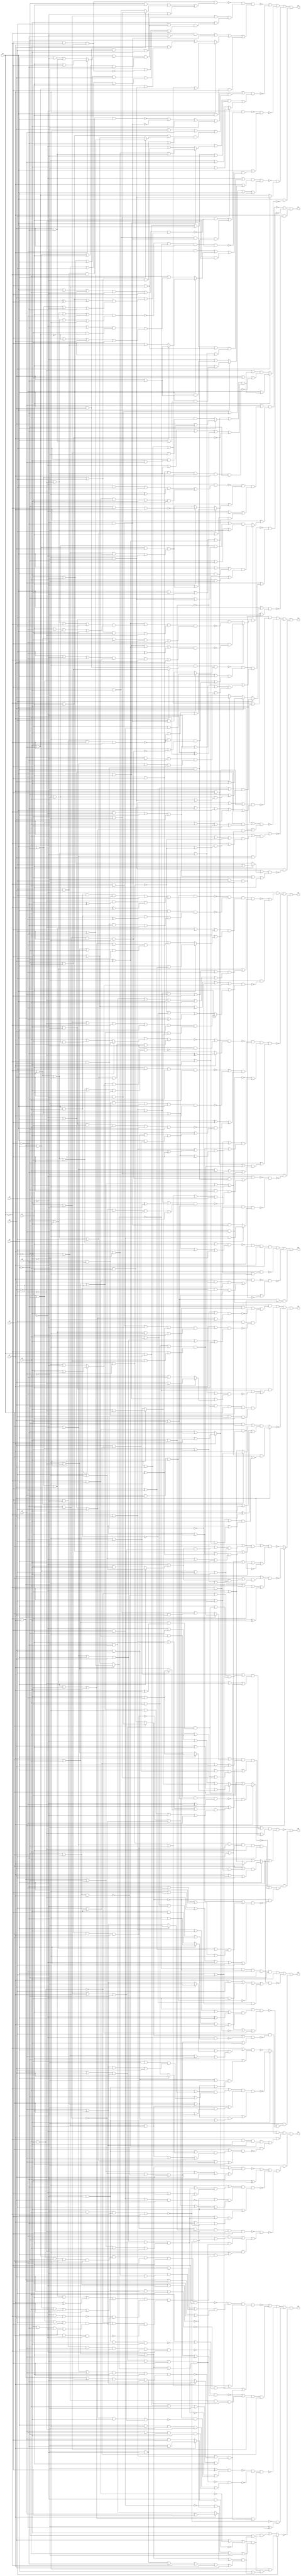
// Benchmark "quot_res" written by ABC on Mon Feb 27 04:50:47 2023

module quot_res ( 
    x0, x1, x2, x3, x4, x5, x6, x7, x8, x9,
    z0, z1, z2, z3, z4, z5, z6, z7, z8, z9  );
  input  x0, x1, x2, x3, x4, x5, x6, x7, x8, x9;
  output z0, z1, z2, z3, z4, z5, z6, z7, z8, z9;
  wire n22, n23, n24, n25, n26, n27, n28, n29, n30, n31, n32, n34, n35, n36,
    n37, n38, n39, n41, n42, n43, n44, n45, n46, n47, n48, n49, n50, n51,
    n52, n53, n54, n55, n57, n58, n59, n60, n61, n62, n63, n64, n65, n66,
    n67, n69, n70, n71, n72, n73, n74, n75, n76, n77, n78, n79, n80, n81,
    n82, n83, n84, n85, n86, n87, n88, n89, n91, n92, n93, n94, n95, n96,
    n97, n98, n99, n100, n101, n102, n103, n104, n105, n106, n107, n108,
    n109, n110, n111, n112, n113, n115, n116, n117, n118, n119, n120, n121,
    n122, n123, n124, n125, n126, n127, n128, n129, n130, n131, n132, n133,
    n134, n135, n136, n137, n139, n140, n141, n142, n143, n144, n145, n146,
    n147, n148, n149, n150, n151, n152, n153, n154, n155, n156, n157, n158,
    n159, n160, n161, n162, n163, n164, n166, n167, n168, n169, n170, n171,
    n172, n173, n174, n175, n176, n177, n178, n179, n180, n181, n182, n183,
    n184, n185, n186, n187, n188, n189, n190, n192, n193, n194, n195, n196,
    n197, n198, n199, n200, n201;
  assign z0 = n23 | ~n27 | ~n28 | (n22 & n25 & n26);
  assign n22 = x3 & ~x4;
  assign n23 = ~n24 & ~x6 & x1 & ~x5;
  assign n24 = (~x0 | x2 | x3 | ~x4 | x7) & (x0 | ~x2 | ~x3 | x4 | ~x7);
  assign n25 = x2 & ~x0 & x1;
  assign n26 = ~x5 & x6;
  assign n27 = (~x0 | x1) & (x0 | ~x1 | ~x2 | ~x3 | x4 | ~x5);
  assign n28 = ~n29 & (~n30 | ~n31 | ~n32);
  assign n29 = x1 & ((~x0 & x2 & x3 & x4) | (x0 & ~x2 & ~x3 & ~x4));
  assign n30 = ~x3 & ~x2 & x0 & x1;
  assign n31 = x7 & ~x8;
  assign n32 = ~x6 & x4 & ~x5;
  assign z1 = n34 | ~n37 | ~n38 | (~x5 & ~x6 & ~n36);
  assign n34 = n32 & ~n35;
  assign n35 = (~x0 | x3 | ~x7 | (x1 ? (x2 | x8) : (~x2 | ~x8))) & (~x3 | x7 | ~x8 | x0 | x1 | ~x2);
  assign n36 = (x0 | ~x2 | ~x3 | (x1 ? (x4 | x7) : (~x4 | ~x7))) & (~x0 | ~x1 | x2 | x3 | ~x4 | x7);
  assign n37 = (x0 | ((~x1 | x2) & (x1 | ~x2 | ~x3 | ~x4 | ~x5))) & (x3 | ((~x1 | x2 | x4) & (~x0 | x1 | ~x2 | ~x4 | ~x5)));
  assign n38 = ~x2 | ((x1 | ((~x3 | ~x6 | ~n39) & (~x0 | (~x3 & (~x6 | ~n39))))) & (x0 | ~x1 | x3));
  assign n39 = x4 & ~x5;
  assign z2 = n49 | ~n51 | (~x6 & (~n45 | (x4 & ~n41)));
  assign n41 = (n43 | ~n44) & (~n31 | ~n42 | x3 | x5);
  assign n42 = ~x2 & x0 & x1;
  assign n43 = x0 ? (x3 | ~x7) : (~x3 | x7);
  assign n44 = ~x1 & (x2 ? (~x5 & ~x8) : (x5 & x8));
  assign n45 = (~x4 | n47) & (~x3 | x4 | ~n46 | n48);
  assign n46 = ~x0 & x1;
  assign n47 = (~x0 | x3 | x5 | x7 | (~x1 ^ x2)) & (~x3 | ~x5 | ~x7 | x0 | x1 | x2);
  assign n48 = x2 ? (x5 | x7) : (~x5 | ~x7);
  assign n49 = ~n50 & ~n43 & x9 & ~x6 & ~x2 & x5;
  assign n50 = x1 ? (x4 | ~x8) : (~x4 | x8);
  assign n51 = n54 & ((x1 & x4) | (~x1 & ~x4) | ~n55 | (~n52 & ~n53));
  assign n52 = x0 & ~x3;
  assign n53 = ~x0 & x3;
  assign n54 = x2 ? ((x0 | (x3 & (x1 | x4))) & (x1 | x3 | x4)) : (~x3 | (x0 ? x1 : (~x1 | ~x4)));
  assign n55 = x6 & ~x2 & x5;
  assign z3 = n60 | n63 | ~n67 | (x6 ? ~n59 : ~n57);
  assign n57 = (x3 | n58) & (~x3 | x4 | x5 | x7 | ~n25);
  assign n58 = (~x7 | ((x0 | ((~x1 | (x2 ? (x4 | ~x5) : (~x4 | x5))) & (~x4 | ~x5 | x1 | ~x2))) & (~x0 | x1 | x2 | x4 | x5))) & (~x0 | x7 | ((x1 | ~x4 | (x2 ^ ~x5)) & (x4 | ~x5 | ~x1 | x2)));
  assign n59 = (x3 | ((x0 | ((~x1 | (x2 ? (x4 | ~x5) : (~x4 | x5))) & (x1 | ~x2 | ~x4 | ~x5))) & (~x0 | x1 | x2 | x4 | x5))) & (~x0 | x1 | ~x3 | ~x4 | (~x2 ^ x5));
  assign n60 = ~x6 & ((~x8 & ~n43 & ~n61) | (x4 & x8 & ~n62));
  assign n61 = (x1 | ~x2 | ~x4 | x5) & (~x1 | x2 | x4 | ~x5);
  assign n62 = (x1 | ((~x0 | ~x3 | ~x7 | (x2 ^ ~x5)) & (x0 | ~x2 | x3 | ~x5 | x7))) & (x0 | ~x1 | x2 | x3 | x5 | x7);
  assign n63 = x5 & ~x6 & ((~n50 & ~n65) | (n64 & n66));
  assign n64 = x3 & ~x2 & x0 & ~x1;
  assign n65 = (~x0 | x2 | x3 | ~x7 | x9) & (x0 | x7 | (x2 ? (x3 | ~x9) : (~x3 | x9)));
  assign n66 = x9 & ~x8 & x4 & x7;
  assign n67 = x3 ? ((~x0 | x1 | ~x2 | ~x4 | ~x5) & (x0 | ((x2 | x4 | x5) & (x1 | (x4 & (x2 | x5)))))) : (((~x2 & ~x5) | (x0 ? (x1 | x4) : (~x1 | ~x4))) & (~x0 | x2 | x5 | (~x1 ^ x4)));
  assign z4 = ~n70 | ~n77 | (x1 & ~n69);
  assign n69 = (x0 | (x4 ? ((~x3 | ~x5 | ~x6) & (~x2 | ((~x5 | ~x6) & (~x3 | (~x5 & ~x6))))) : (x2 ? (x3 | x5) : (x5 ? x3 : ~x6)))) & (x2 | x3 | x4 | x5 | ~x6);
  assign n70 = (x6 | (n73 & (~x1 | ~x5 | n72))) & (x1 | n71);
  assign n71 = x4 ? ((x0 | x3 | (x2 & x5)) & (x2 | x5 | (~x3 & ~x6))) : ((~x0 | ~x3 | ((~x5 | ~x6) & (~x2 | (~x5 & ~x6)))) & (~x2 | ~x5 | ~x6));
  assign n72 = (~x0 | x2 | x3 | x4 | x7) & (x0 | ~x4 | ~x7 | (~x2 ^ x3));
  assign n73 = ~n75 & (x5 | (x4 ? (~x7 | n76) : (x7 ? ~n74 : n76)));
  assign n74 = ~x2 & ~x0 & x1;
  assign n75 = ~x1 & ((x0 & x4 & ~x7 & (~x2 ^ ~x5)) | (~x0 & x2 & ~x4 & x5 & x7));
  assign n76 = (~x0 | x1 | x2 | x3) & (~x2 | ~x3 | x0 | ~x1);
  assign n77 = ~n87 & (x6 | (~n80 & n84 & (~n78 | n79)));
  assign n78 = ~x4 & x5;
  assign n79 = (~x0 | ~x1 | x2 | x3 | ~x7 | x8) & ((x2 ^ ~x3) | ((~x0 | x1 | ~x7 | ~x8) & (x0 | ~x1 | x7 | x8)));
  assign n80 = n83 & (x0 ? (~x4 & n81) : (x4 & n82));
  assign n81 = x7 & x8;
  assign n82 = ~x7 & ~x8;
  assign n83 = ~x5 & (x1 ? (~x2 & ~x3) : (x2 & x3));
  assign n84 = (x5 | ~n85 | ~x1 | x2) & (x1 | ~x2 | ((~x5 | ~n85) & (~x0 | ~n86)));
  assign n85 = x8 & ~x7 & ~x0 & ~x4;
  assign n86 = ~x8 & x7 & x4 & ~x5;
  assign n87 = x5 & ~x6 & (x1 ? (x8 & ~n89) : (~x8 & ~n88));
  assign n88 = ((~x2 ^ x3) | ((~x7 | ~x9 | ~x0 | x4) & (x7 | x9 | x0 | ~x4))) & (x0 | ~x2 | x4 | x7 | ~x9) & (~x0 | x2 | ~x4 | ~x7 | x9);
  assign n89 = (x0 | x7 | (~x2 ^ x3) | (x4 ^ x9)) & (x4 | ~x7 | x9 | ~x0 | x2 | x3);
  assign z5 = n91 | n94 | (~x6 & (n97 | ~n99 | ~n105));
  assign n91 = ~x1 & (x5 ? ~n92 : ~n93);
  assign n92 = (~x0 | ((~x3 | (x2 ? ~x6 : (x6 | x7))) & (~x2 | ((~x4 | ~x6) & (x6 | x7 | x3 | x4))))) & (~x2 | ~x3 | ~x4 | (~x6 & (x0 | ~x7))) & (x2 | ((x0 | (x3 & x4)) & (x3 | x4 | (~x6 & ~x7))));
  assign n93 = (~x0 | ((x2 | (x3 ? ~x6 : (x6 | x7))) & (~x2 | ~x3 | x6 | x7))) & (~x2 | ((x3 | x4 | ~x6) & (x0 | (x3 & x4) | (~x6 & ~x7))));
  assign n94 = x1 & (n96 | (~x5 & ~n95));
  assign n95 = (x0 | (((~x6 & ~x7) | (x2 ? x3 : (~x3 | ~x4))) & (~x2 | ~x3 | ~x4 | x6 | x7))) & (~x0 | x2 | x3 | x4 | x6 | x7);
  assign n96 = ~x0 & x5 & (x6 | x7) & (~x2 ^ x3);
  assign n97 = ~n98 & (~x4 ^ x5);
  assign n98 = (x0 | ~x3 | x7 | (x1 ? (x2 | x8) : (~x2 | ~x8))) & (~x0 | x1 | ~x2 | x3 | ~x7 | ~x8);
  assign n99 = (~x5 | ((~x8 | n101) & (~x1 | x8 | ~n100))) & n102 & (x5 | ((x8 | n101) & (x1 | ~x8 | ~n100)));
  assign n100 = ~x7 & ~x3 & ~x0 & x2;
  assign n101 = (x0 | ~x1 | x2 | x3 | x7) & (~x0 | x1 | ~x2 | ~x3 | ~x7);
  assign n102 = (~n103 | ~n104) & (~n30 | ~n31 | x4 | x5);
  assign n103 = ~x2 & x0 & ~x1;
  assign n104 = x8 & x7 & x3 & ~x5;
  assign n105 = ~n113 & ((x9 & (x5 | (~x2 & n106))) | (n106 & n112) | (~x9 & (~x5 | (x2 & n106))));
  assign n106 = n111 & (~n109 | n110) & (~n107 | ~n31 | ~n108);
  assign n107 = ~x3 & ~x4;
  assign n108 = x2 & x0 & ~x1;
  assign n109 = ~x7 & ~x0 & x3;
  assign n110 = (x1 | ~x2 | x4 | x8) & (~x4 | ~x8 | ~x1 | x2);
  assign n111 = (x0 | ~x2 | x3 | x7 | (x1 ^ x8)) & (~x0 | x1 | x2 | ~x3 | ~x7 | x8);
  assign n112 = (~x0 | x1 | x3 | ~x4 | ~x7 | x8) & (x0 | ~x3 | x7 | (x1 ? (x4 | ~x8) : (~x4 | x8)));
  assign n113 = n30 & n78 & ~x9 & x7 & x8;
  assign z6 = ~n130 | n126 | ~n121 | n115 | ~n116;
  assign n115 = ~n106 & (~x6 ^ x9);
  assign n116 = x4 ? (~x5 | (n117 & (x2 | n120))) : (x5 | (n117 & (~x2 | n120)));
  assign n117 = (x3 | ~n118 | ~n119) & (~n81 | ~n103 | ~x3 | ~x6);
  assign n118 = ~x0 & x2;
  assign n119 = ~x7 & (x1 ? (~x6 & ~x8) : (x6 & x8));
  assign n120 = (x0 | ~x3 | x7 | (x1 ? (x6 | x8) : (~x6 | ~x8))) & (~x6 | ~x7 | ~x8 | ~x0 | x1 | x3);
  assign n121 = ~n124 & ~n122 & (x2 | ~x4 | x5 | n123);
  assign n122 = ~n112 & ((x2 & ~x5 & ~x6 & ~x9) | (x6 & x9 & ~x2 & x5));
  assign n123 = (~x0 | x3 | (x1 ? (x6 | x7) : (~x6 | ~x7))) & (x0 | x1 | ~x3 | ~x6 | x7);
  assign n124 = (~x6 ^ x8) & (~n101 | (~n43 & ~n125));
  assign n125 = (~x1 | x2 | x4 | x5) & (~x4 | ~x5 | x1 | ~x2);
  assign n126 = (~n128 | ((~x2 | ~x3) & ~n127 & (x2 | x3))) & (~x4 | ~x5) & (x4 | x5);
  assign n127 = (x0 | ~x1 | x6 | x7 | x8) & (~x0 | x1 | ~x6 | ~x7 | ~x8);
  assign n128 = ~n129 & (~n31 | ~n42 | x3 | x6);
  assign n129 = x8 & ~x7 & x6 & x2 & ~x0 & ~x1;
  assign n130 = ~n131 & n134 & n135 & (x2 | x4 | n123);
  assign n131 = n133 & n132 & x9 & x7 & x8;
  assign n132 = ~x4 & ~x3 & ~x2 & x0 & x1;
  assign n133 = x5 & x6;
  assign n134 = (x0 | ~x6 | (~x7 & (x1 | x2 | x3))) & (~x0 | x1 | x6 | x7);
  assign n135 = x0 | ~x1 | ~x2 | (~n136 & (~x3 | ~n137));
  assign n136 = ~x7 & ~x6 & x3 & x4;
  assign n137 = ~x7 & ~x6 & ~x4 & x5;
  assign z7 = ~n139 | ~n146 | ~n151 | n158 | (x0 & ~n160);
  assign n139 = ~n141 & n143 & ((~x0 & (~x7 | ~x8)) | (~x7 & ~x8) | n140 | (x0 & x7 & x8));
  assign n140 = x1 ? (x2 | x3 | x4 | (x5 & x6)) : (~x2 | (~x3 & (~x4 | (~x5 & ~x6))));
  assign n141 = n142 & ((~x2 & x7 & (x3 ? (~x4 & ~x5) : (x4 & x5))) | (x2 & x3 & x4 & x5 & ~x7));
  assign n142 = x8 & ~x0 & x1;
  assign n143 = (~x4 | ~x5 | n144) & (x5 | ((x4 | n144) & (~x6 | ~n142 | n145)));
  assign n144 = (x0 | (x1 ? (x7 | x8) : (x2 | ~x7 | (x3 & ~x8)))) & (~x0 | x1 | x2 | x7 | ~x8);
  assign n145 = (~x4 | ~x7 | x2 | x3) & (~x2 | ~x3 | x4 | x7);
  assign n146 = (x1 | n148) & (n147 | (x4 ? (x5 | ~x6) : (~x5 | x6)));
  assign n147 = (x7 | (x0 ? (x1 | x2 | (x3 & ~x8)) : (~x1 | (x8 & (~x2 | ~x3))))) & (x0 | x1 | x2 | ~x7);
  assign n148 = (~n149 | ~n82 | x5 | ~x6) & (x3 | ~x5 | x6 | n150);
  assign n149 = x4 & x3 & ~x0 & x2;
  assign n150 = (~x0 | x7 | (x2 ? (x4 | ~x8) : (~x4 | x8))) & (x0 | ~x2 | x4 | ~x7 | ~x8);
  assign n151 = ~n152 & (x0 | (~n156 & ((~x7 & x9) | n155 | (x7 & ~x9))));
  assign n152 = ~x1 & ((~x4 & ~x5 & ~n153) | (x4 & x5 & n82 & n154));
  assign n153 = (x0 | x2 | ~x3 | ~x7 | x8) & (x3 | ((~x0 | x7 | (x2 ^ x8)) & (x0 | ~x2 | ~x7 | ~x8)));
  assign n154 = x3 & ~x0 & x2;
  assign n155 = x2 ? (x1 ? (x3 | ~x8) : (x8 | (x3 & x4))) : (~x3 | ((~x1 | ~x8 | (~x4 & ~n133)) & (x8 | ~n133 | x1 | ~x4)));
  assign n156 = ~n157 & ~n50 & x3 & ~x6;
  assign n157 = (~x2 | x5 | x7 | x9) & (~x7 | ~x9 | x2 | ~x5);
  assign n158 = ~n159 & (x4 ? (~x5 & ~x6) : (x5 & x6));
  assign n159 = (~x1 | ((x0 | x7 | (x8 & (~x2 | ~x3))) & (~x0 | x2 | x3 | ~x7 | x8))) & (x1 | (x0 ? (x7 | ((x3 | ~x8) & (x2 | (x3 & ~x8)))) : (~x7 | (x2 & (x3 | ~x8))))) & (x3 | ~x7 | ~x8 | x0 | x2);
  assign n160 = x7 ? (x9 | n161) : ((~x9 | n161) & (x3 | ~x4 | ~n164));
  assign n161 = (x1 | x8 | n163) & (~x1 | ~x6 | ~x8 | ~n78 | ~n162);
  assign n162 = ~x2 & ~x3;
  assign n163 = x2 ? (x3 | (x4 & (x5 | x6))) : (~x3 & (~x4 | ~x5 | ~x6));
  assign n164 = x9 & x8 & ~x6 & ~x5 & x1 & ~x2;
  assign z8 = (~x1 & (~n169 | (~x6 & ~n166))) | ~n179 | (~x6 & ~n175);
  assign n166 = (~x4 | x8 | x9 | ~n53 | n48) & (~x8 | n167);
  assign n167 = x7 ? n168 : (~n39 | ~n52 | (x2 ^ x9));
  assign n168 = (~x4 | ~x5 | ~x9 | ~x0 | x2 | x3) & (x0 | ~x3 | x4 | (x2 ? (x5 | ~x9) : (~x5 | x9)));
  assign n169 = ~n170 & ~n172 & n173 & (~x2 | x5 | n171);
  assign n170 = n55 & ((x0 & ~x3 & x4 & x8 & x9) | (~x9 & (~x4 ^ ~x8) & (~x0 ^ ~x3)));
  assign n171 = (~x0 | x3 | ~x4 | x6 | x8 | x9) & (~x6 | ~x8 | ~x9 | x0 | ~x3 | x4);
  assign n172 = x2 & ~x4 & ((x0 & ~x3 & (~x8 ^ x9)) | (~x0 & x3 & ~x8 & ~x9));
  assign n173 = (x0 | ~x2 | x3 | x8 | x9) & (~x3 | (x0 ? (x2 | (x8 ^ x9)) : (~x8 | n174)));
  assign n174 = (x2 | ~x4 | x5 | x9) & (~x5 | ~x9 | ~x2 | x4);
  assign n175 = ~n176 & ~n178;
  assign n176 = ~x1 & ((n86 & n154) | (~x2 & x8 & ~n177));
  assign n177 = (~x0 | x3 | ~x4 | (x5 ^ ~x7)) & (x4 | ~x5 | x7 | x0 | ~x3);
  assign n178 = n22 & n46 & (x2 ? (~x5 & n81) : (x5 & n82));
  assign n179 = ~n180 & n185 & (~n26 | n184) & (~x2 | n183);
  assign n180 = (~n182 | (~x6 & ~n181)) & (x1 ? (~x8 ^ ~x9) : (x8 & x9));
  assign n181 = (x0 | ~x3 | x4 | (x2 ? (x5 | x7) : (~x5 | ~x7))) & (~x0 | x2 | x3 | ~x4 | x5 | x7);
  assign n182 = (x0 | (x2 ? x3 : (~x3 | (~x4 & (~x5 | ~x6))))) & (~x0 | x2 | x3 | x4 | ~x5 | ~x6);
  assign n183 = (x1 | x8 | ((~x3 | ~x4 | ~x5) & (~x0 | (~x3 & (~x4 | ~x5))))) & (x0 | ~x1 | ~x3 | ~x8 | (~x4 & ~x5));
  assign n184 = (x0 | ~x1 | ~x2 | ~x3 | x4 | ~x8) & (x1 | ~x4 | ((~x0 | x3 | (~x2 ^ x8)) & (x0 | ~x2 | ~x3 | x8)));
  assign n185 = (~n189 | ~n190) & (n187 | (~n188 & (x2 | n186)));
  assign n186 = (x3 | x4 | x5) & (x0 | (x3 & (x4 | x5)));
  assign n187 = ~x1 ^ x8;
  assign n188 = ~x6 & x5 & ~x4 & ~x3 & x0 & ~x2;
  assign n189 = x7 & x4 & ~x2 & ~x3;
  assign n190 = x9 & ~x8 & ~x6 & ~x5 & x0 & x1;
  assign z9 = ~n198 | (~x6 & (~n192 | n197 | (~n43 & ~n196)));
  assign n192 = x1 ? (~n194 & (x2 | n193)) : (~x4 | n195);
  assign n193 = (~x0 | x3 | x7 | (x4 ? (x5 | x9) : (~x5 | ~x9))) & (x0 | ~x3 | x4 | ~x5 | ~x7 | x9);
  assign n194 = ~x5 & n118 & n22 & (~x7 ^ x9);
  assign n195 = x0 ? (x3 | x7 | (x2 ? (x5 | x9) : (~x5 | ~x9))) : (~x3 | ~x7 | (x2 ? (x5 | ~x9) : (~x5 | x9)));
  assign n196 = (x1 | ~x4 | ((~x2 | x5 | (x8 ^ x9)) & (~x8 | x9 | x2 | ~x5))) & (~x5 | x8 | ~x9 | ~x1 | x2 | x4);
  assign n197 = n39 & n30 & ~x9 & x7 & ~x8;
  assign n198 = (~x6 | n200) & (~x9 | n199) & (x9 | n54);
  assign n199 = (x1 | (x2 ? ((~x3 | ~x4 | ~x5) & (~x0 | (~x3 & (~x4 | ~x5)))) : ((x4 & x5) | (x0 & x3)))) & (x4 | x5 | x2 | x3) & (x0 | ((x2 | (x3 & (x4 | x5))) & (~x1 | ~x2 | ~x3 | (~x4 & ~x5))));
  assign n200 = (~x5 | x9 | ((~n107 | ~n42) & (x2 | n201))) & (~x2 | x5 | ~x9 | n201);
  assign n201 = (~x0 | x1 | x3 | ~x4) & (x0 | ~x3 | (x1 ^ ~x4));
endmodule